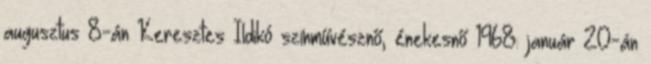
augusztus 8-án Keresztes Ildikó színművésznő, énekesnő 1968. január 20-án